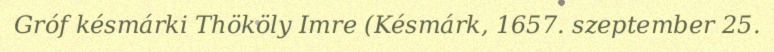
Gróf késmárki Thököly Imre (Késmárk, 1657. szeptember 25.